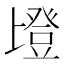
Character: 𱱹